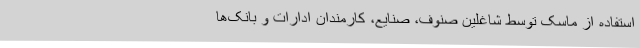
استفاده از ماسک توسط شاغلین صنوف، صنایع، کارمندان ادارات و بانک‌ها